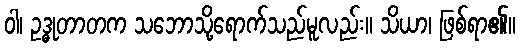
ဝါ၊ ဥဒ္ဓုတာတက သဘောသို့ရောက်သည်မူလည်း။ သိယာ၊ ဖြစ်ရာ၏။